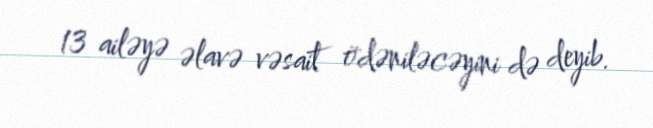
13 ailəyə əlavə vəsait ödəniləcəyini də deyib.